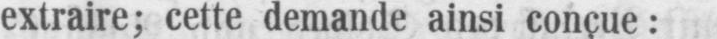
extraire; cette demande ainsi conçue: